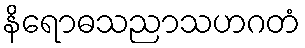
နိရောဓသညာသဟဂတံ